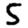
Digit: 5